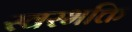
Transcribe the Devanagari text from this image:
स्वरभक्ति